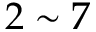
2 \sim 7